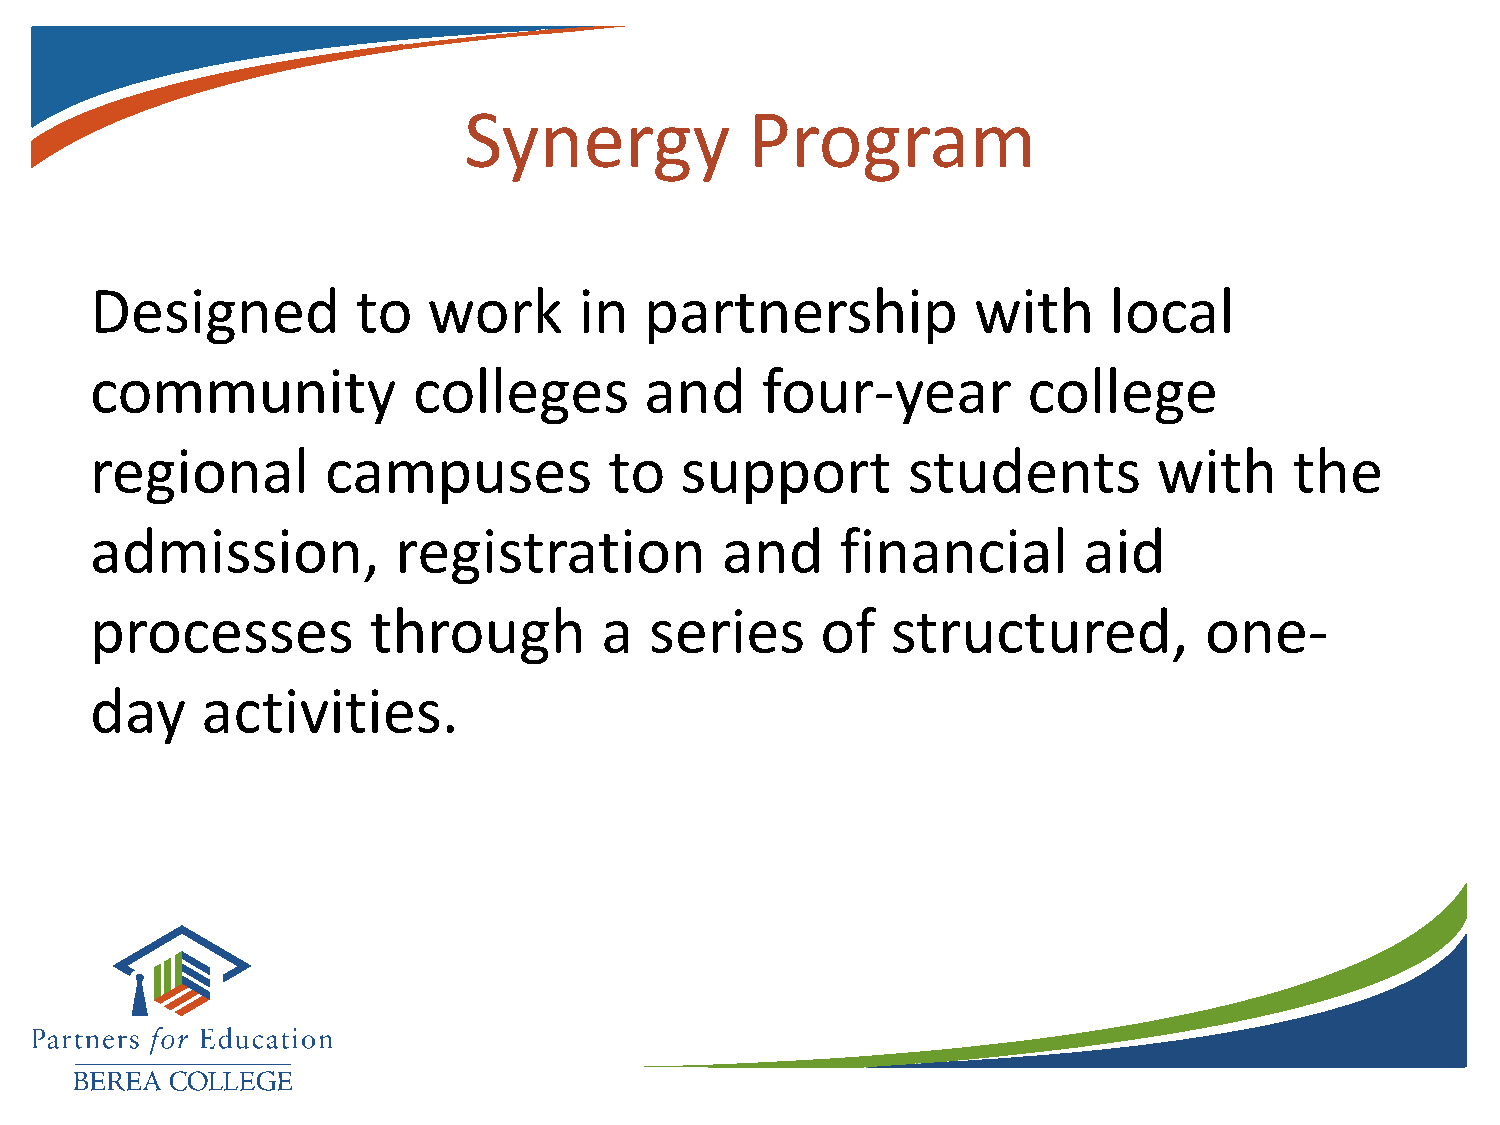
Synergy            Program
 Designed          to  work      in   partnership          with     local
 community            colleges        and    four-year         college
 regional        campuses          to   support        students         with     the
 admission,          registration          and     financial       aid
 processes         through         a  series     of   structured,          one-
 day    activities.